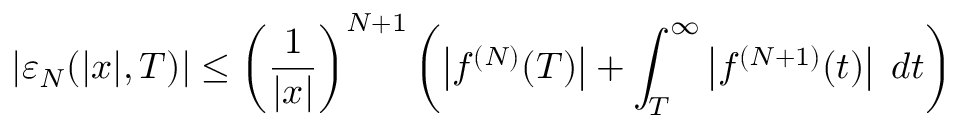
\lvert \varepsilon _ { N } ( \lvert x \rvert , T ) \rvert \le \left( \frac { 1 } { \lvert x \rvert } \right) ^ { N + 1 } \left( \left\lvert f ^ { ( N ) } ( T ) \right\rvert + \int _ { T } ^ { \infty } \left\lvert f ^ { ( N + 1 ) } ( t ) \right\rvert \; d t \right)